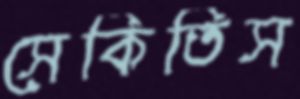
সেকিতিস